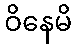
ဝိနေမိ